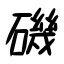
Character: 磯